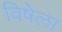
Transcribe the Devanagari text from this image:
विषेला